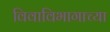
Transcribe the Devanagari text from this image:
विवाविभागाच्या